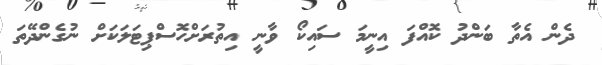
ދެން އެތާ ބަންދު ކޮއްފަ އިނީމަ ސައިކޯ ވާނީ އިތުރަށްހޮސްޕިޓަލަކަށް ނުގެންދޭތަ